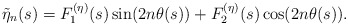
\begin{align*}\tilde{\eta}_n(s) = F_1^{(\eta)}(s)\sin(2n\theta(s)) + F_2^{(\eta)}(s)\cos(2n\theta(s)).\end{align*}